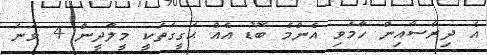
އެ ދިރާސާއިން ހާމަވި އެންމެ ބޮޑު އެއް ޙަގީގަތަކީ މީލާދީން 4 ވަނަ